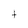
Character: t